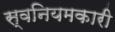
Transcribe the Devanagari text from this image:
स्वनियमकारी